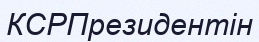
КСРПрезидентін